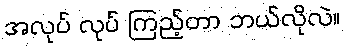
အလုပ် လုပ် ကြည့်တာ ဘယ်လိုလဲ။